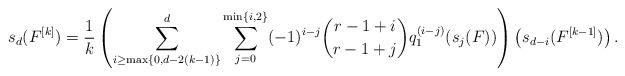
LaTeX: \begin{align*}s_d(F^{[k]}) = \frac{1}{k} \left(\sum_{i\geq \max\{0, d-2(k-1)\}}^{d} \sum_{j=0}^{\min\{i,2\}} (-1)^{i-j} \binom{r-1+i}{r-1+j} q_1^{(i-j)}(s_j(F))\right)\left(s_{d-i}(F^{[k-1]})\right).\end{align*}